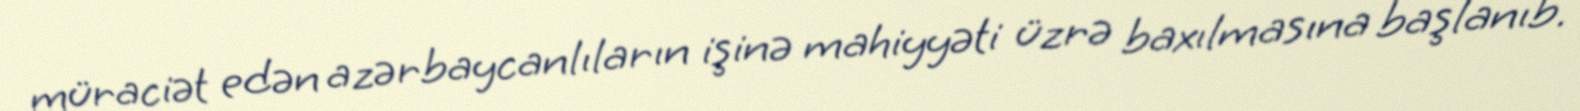
müraciət edən azərbaycanlıların işinə mahiyyəti üzrə baxılmasına başlanıb.